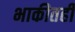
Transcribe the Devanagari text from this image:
भाकीतही